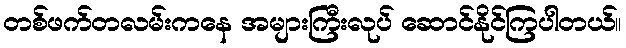
တစ်ဖက်တလမ်းကနေ အများကြီးလုပ် ဆောင်နိုင်ကြပါတယ်။